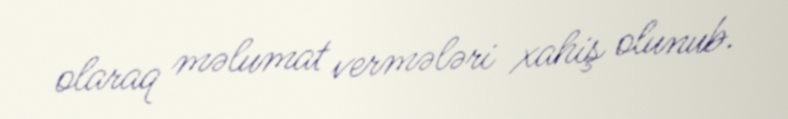
olaraq məlumat vermələri xahiş olunub.